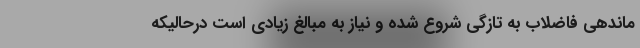
ماندهی فاضلاب به تازگی شروع شده و نیاز به مبالغ زیادی است درحالیکه